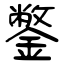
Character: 鐅